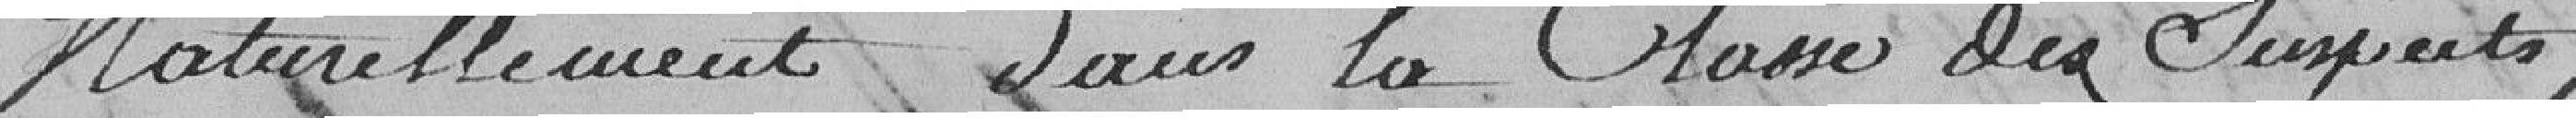
naturellement dans la classe des suspects,